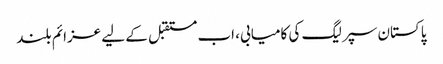
پاکستان سپر لیگ کی کامیابی، اب مستقبل کے لیے عزائم بلند